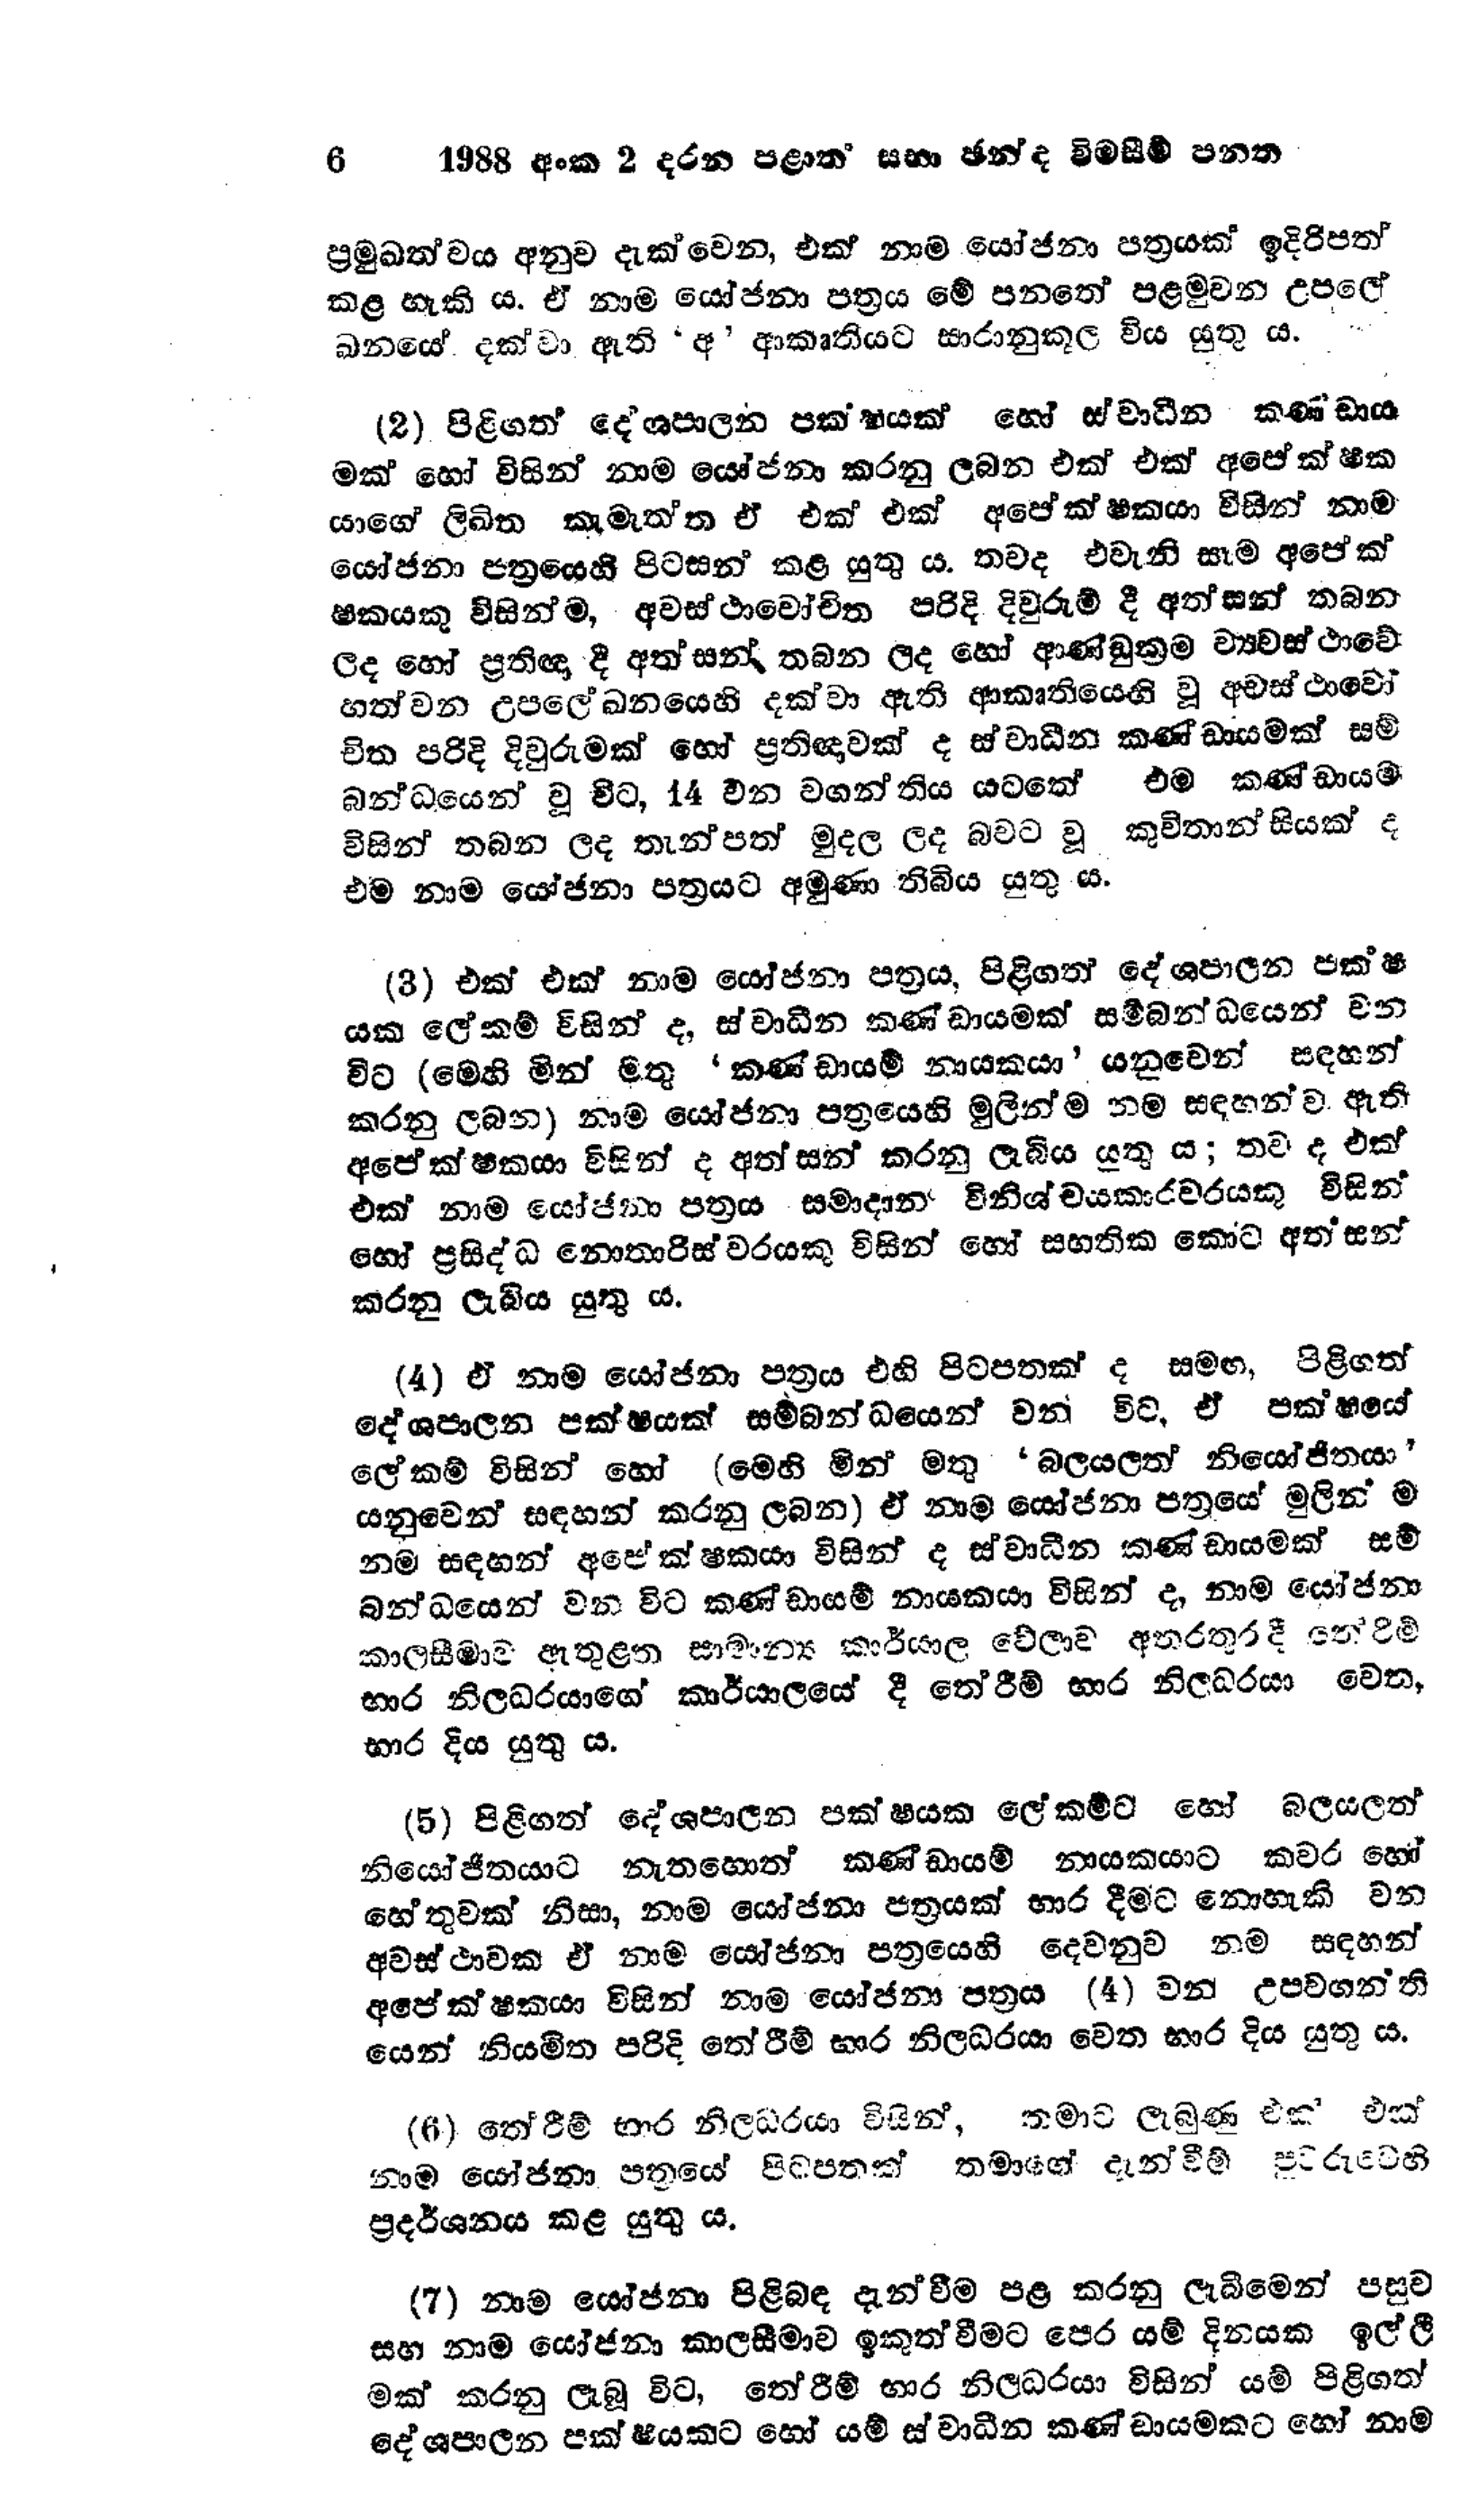
6 1988 අංක 2 දරන පළාත් සභා ඡන්ද විමසීම් පනත

ප්‍රමුඛත්වය අනුව දැක්වෙන, එක් නාම යෝජනා පත්‍රයක් ඉදිරිපත්
කළ හැකි ය. ඒ නාම යෝජනා පත්‍රය මේ පනතේ පළමුවන උපලේ
ඛනයේ දක්වා ඇති ‘අ ’ ආකෘතියට සාරානුකූල විය යුතු ය.

(2) පිළිගත් දේශපාලන පක්ෂයක් හෝ ස්වාධීන කණ්ඩාය
මක් හෝ විසින් නාම යෝජනා කරනු ලබන එක් එක් අපේක්ෂක
යාගේ ලිඛිත කැමැත්ත ඒ එක් එක් අපේක්ෂකයා විසින් නාම
යෝජනා පත්‍රයෙහි පිටසන් කළ යුතු ය. තවද එවැනි සෑම අපේක්
ෂකයකු විසින්ම, අවස්ථාවෝචිත පරිදි දිවුරුම් දී අත්සන් තබන
ලද හෝ ප්‍රතිඥා දී අත්සන් තබන ලද හෝ ආණ්ඩුක්‍රම ව්‍යවස්ථාවේ
හත්වන උපලේඛනයෙහි දක්වා ඇති ආකෘතියෙහි වූ අවස්ථාවෝ
චිත පරිදි දිවුරුමක් හෝ ප්‍රතිඥාවක් ද ස්වාධීන කණ්ඩායමක් සම්
බන්ධයෙන් වූ විට, 14 වන වගන්තිය යටතේ එම කණ්ඩායම
විසින් තබන ලද තැන්පත් මුදල ලද බවට වූ කුවිතාන්සියක් ද
එම නාම යෝජනා පත්‍රයට අමුණා තිබිය යුතු ය.

(3) එක් එක් නාම යෝජනා පත්‍රය, පිළිගත් දේශපාලන පක්ෂ
යක ලේකම් විසින් ද, ස්වාධීන කණ්ඩායමක් සම්බන්ධයෙන් වන
විට (මෙහි මින් මතු 'කණ්ඩායම් නායකයා' යනුවෙන් සඳහන්
කරනු ලබන) නාම යෝජනා පත්‍රයෙහි මුලින්ම නම සඳහන්ව ඇති
අපේක්ෂකයා විසින් ද අත්සන් කරනු ලැබිය යුතු ය; තව ද එක්
එක් නාම යෝජනා පත්‍රය සමාදාන විනිශ්චයකාරවරයකු විසින්
හෝ ප්‍රසිද්ධ නොතාරිස්වරයකු විසින් හෝ සහතික කොට අත්සන්
කරනු ලැබිය යුතු ය.

(4) ඒ නාම යෝජනා පත්‍රය එහි පිටපතක් ද සමඟ, පිළිගත්
දේශපාලන පක්ෂයක් සම්බන්ධයෙන් වන විට, ඒ පක්ෂයේ
ලේකම් විසින් හෝ (මෙහි මින් මතු 'බලයලත් නියෝජිතයා'
යනුවෙන් සඳහන් කරනු ලබන) ඒ නාම යෝජනා පත්‍රයේ මුලින් ම
නම සඳහන් අපේක්ෂකයා විසින් ද ස්වාධීන කණ්ඩායමක් සම්
බන්ධයෙන් වන විට කණ්ඩායම් නායකයා විසින් ද, නාම යෝජනා
කාලසීමාව ඇතුළත සාමාන්‍ය කාර්යාල වේලාව අතරතුර දී තේරිම්
භාර නිලධරයාගේ කාර්යාලයේ දී තේරීම් භාර නිලධරයා වෙත,
භාර දිය යුතු ය.

(5) පිළිගත් දේශපාලන පක්ෂයක ලේකම්ට හෝ බලයලත්
නියෝජිතයාට නැතහොත් කණ්ඩායම් නායකයාට කවර හෝ
හේතුවක් නිසා, නාම යෝජනා පත්‍රයක් භාර දීමට නොහැකි වන
අවස්ථාවක ඒ නාම යෝජනා පත්‍රයෙහි දෙවනුව නම සඳහන්
අපේක්ෂකයා විසින් නාම යෝජනා පත්‍රය (4) වන උපවගන්ති
යෙන් නියමිත පරිදී තේරීම් භාර නිලධරයා වෙත භාර දිය යුතු ය.

(6) තේරීම් භාර නිලධරයා විසින්, තමාට ලැබුණු එක එක්
නාම යෝජනා පත්‍රයේ පිටපතක් තමාගේ දැන්වීම් පුවරුවෙහි
ප්‍රදර්ශනය කළ යුතුය.

(7) නාම යෝජනා පිළිබඳ දැන්වීම පළ කරනු ලැබීමෙන් පසුව
සහ නාම යෝජනා කාලසීමාව ඉකුත් වීමට පෙර යම් දිනයක ඉල්ලී
මක් කරනු ලැබූ විට, තේරීම් භාර නිලධරයා විසින් යම් පිළිගත්
දේශපාලන පක්ෂයකට හෝ යම් ස්වාධීන කණ්ඩායමකට හෝ නාම